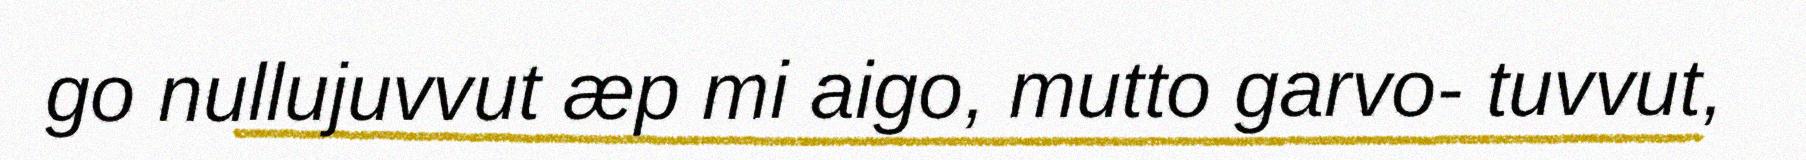
go nullujuvvut æp mi aigo, mutto garvo- tuvvut,